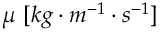
\mu \ [ k g \cdot m ^ { - 1 } \cdot s ^ { - 1 } ]